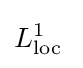
L_{\mathrm {loc} }^{1}\;